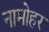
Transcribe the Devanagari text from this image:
नामोहर